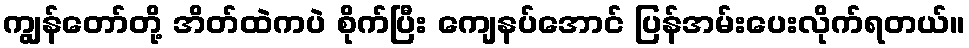
ကျွန်တော်တို့ အိတ်ထဲကပဲ စိုက်ပြီး ကျေနပ်အောင် ပြန်အမ်းပေးလိုက်ရတယ်။